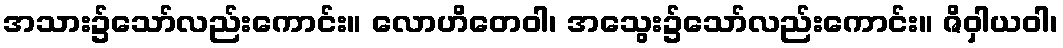
အသား၌သော်လည်းကောင်း။ လောဟိတေဝါ၊ အသွေး၌သော်လည်းကောင်း။ ဇိဝှါယဝါ၊